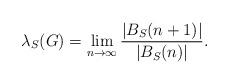
LaTeX: \begin{align*} \lambda_S(G) = \lim_{n \to \infty} \frac{|B_S(n+1)|}{|B_S(n)|}.\end{align*}